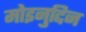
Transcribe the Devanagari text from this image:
मोइनुद्दिन